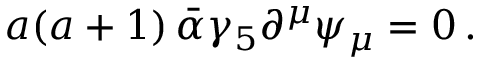
a ( a + 1 ) \, \bar { \alpha } \gamma _ { 5 } \partial ^ { \mu } \psi _ { \mu } = 0 \, .